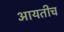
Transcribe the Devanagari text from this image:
आयतीच